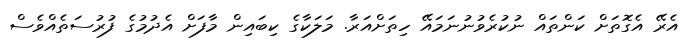
އެރޭ އެގޮތަށް ކަންތައް ނުކުރެވުނުނަމައޭ ހިތަށްއަރާ. މަލަކާގެ ކިބައިން މާފަށް އެދުމުގެ ފުރުސަތެއްވެސް